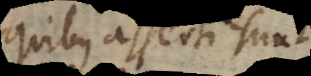
quibus asserti sunt,